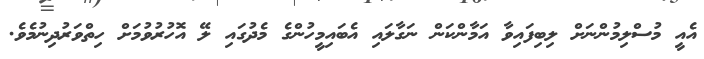
އެއީ މުސްލިމުންނަށް ލިބިފައިވާ އަމާންކަން ނަގާލައި އެބައިމީހުންގެ މެދުގައި ލޭ އޮހުރުވުމަށް ހިތްވަރުދިނުމެވެ.